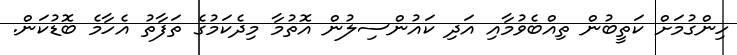
ހިންގުމަށް ކަތީބުން ތިއްބެވުމާއި އަދި ކައުންސިލުން އޮތުމާ މިދެކަމުގެ ތަފާތު އެހާމެ ބޮޑުކަން.